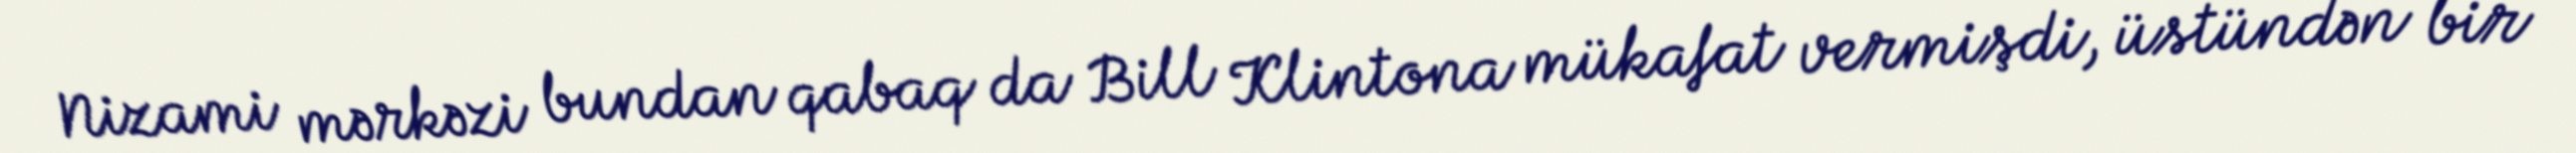
Nizami mərkəzi bundan qabaq da Bill Klintona mükafat vermişdi, üstündən bir